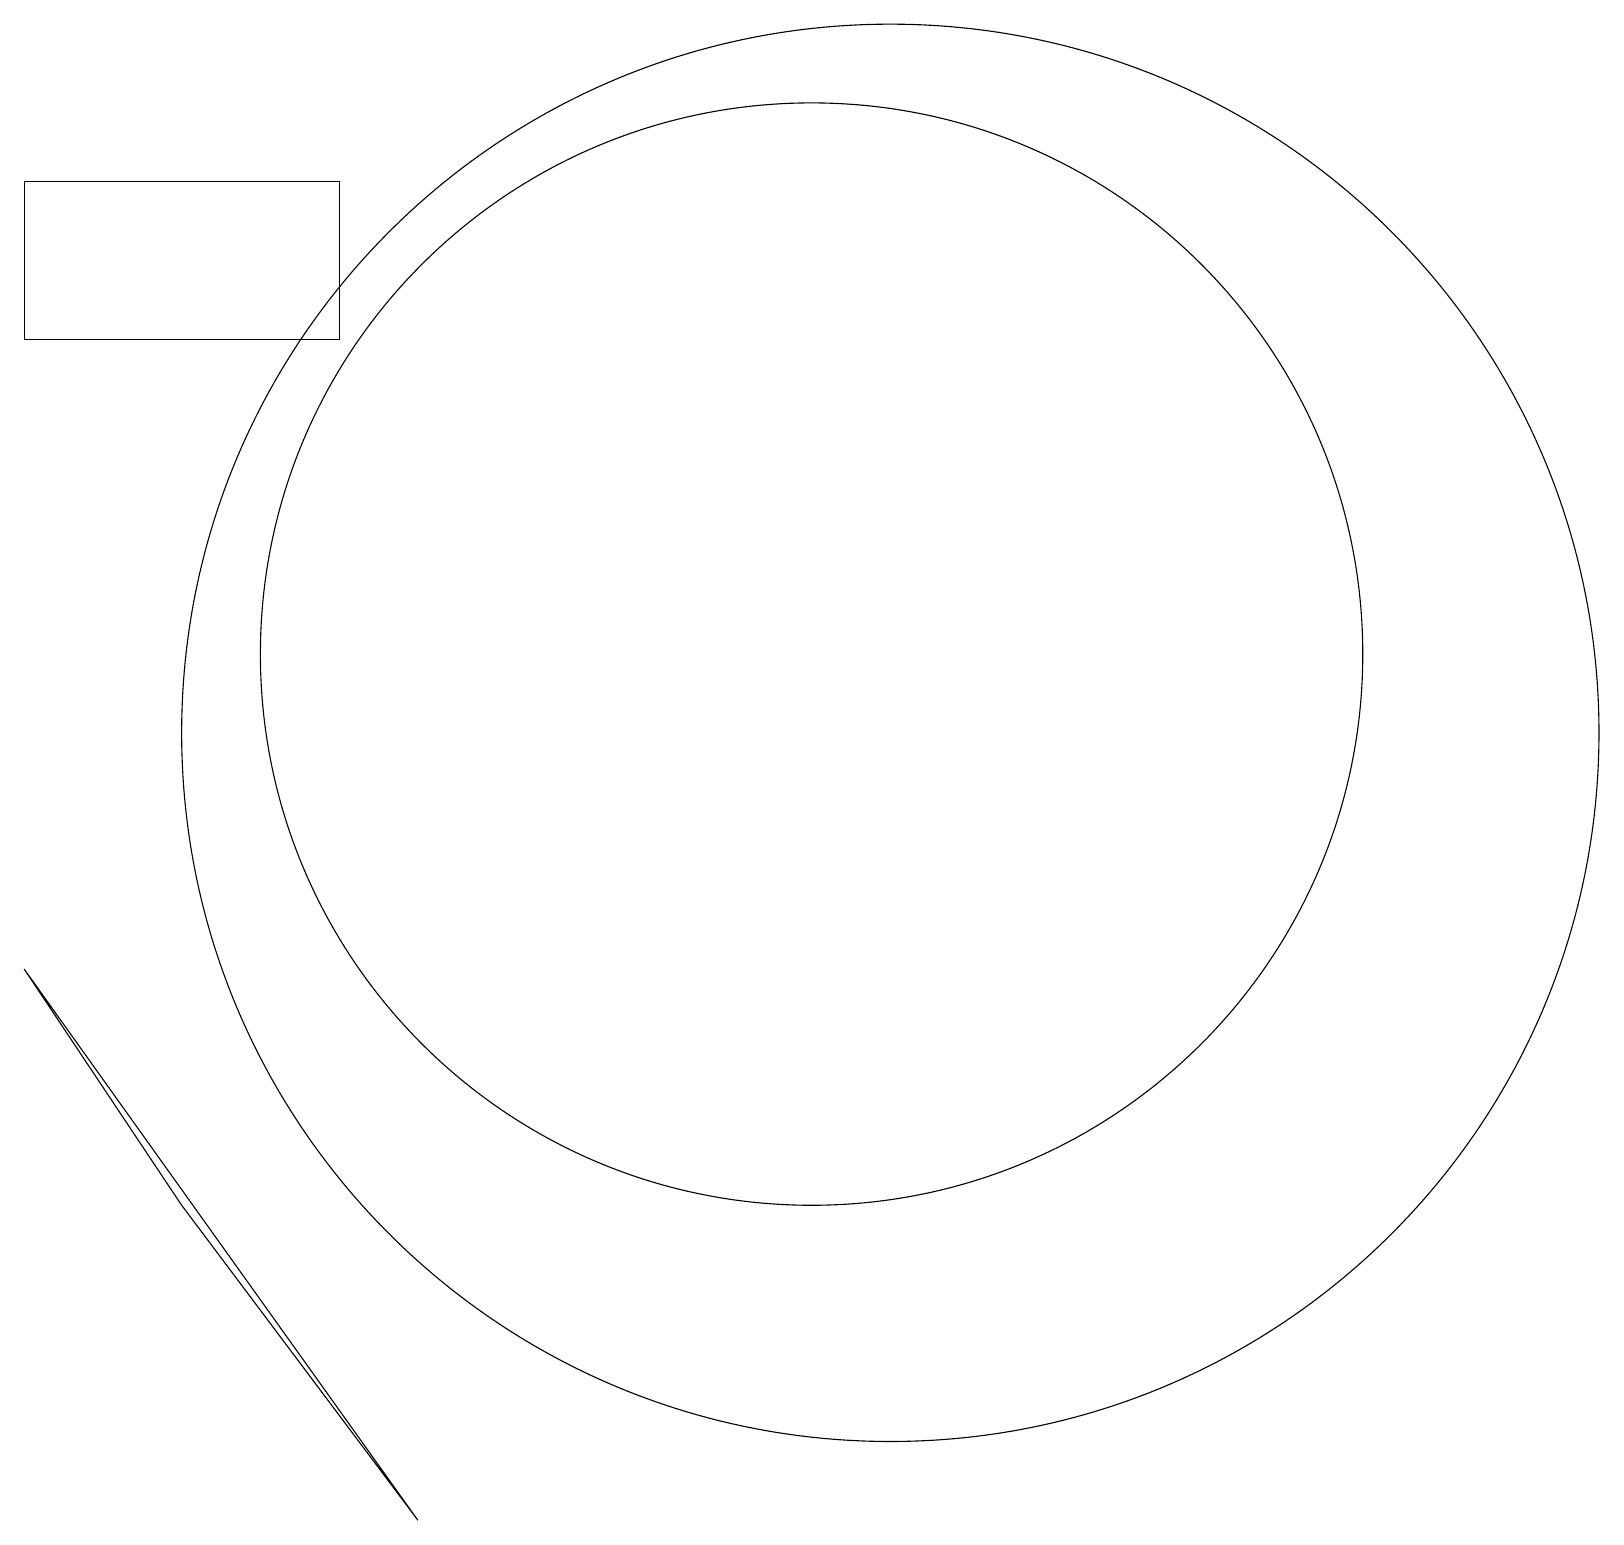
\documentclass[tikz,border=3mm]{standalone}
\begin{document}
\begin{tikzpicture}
\draw (5,1) -- (0,8) -- (2,5) -- cycle;
\draw (4,16) rectangle (0,18);
\draw (10,12) circle (7);
\draw (11,11) circle (9);
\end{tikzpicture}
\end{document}